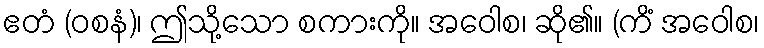
ဧတံ (ဝစနံ)၊ ဤသို့သော စကားကို။ အဝေါစ၊ ဆို၏။ (ကိံ အဝေါစ၊